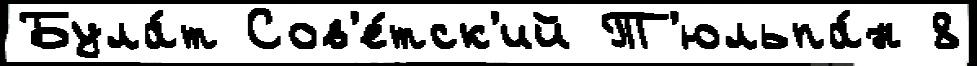
Була́т Сов'е́тск'ий Т'юльпа́н 8